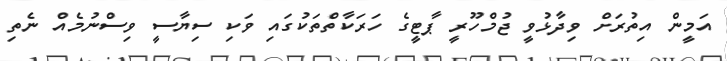
އަމީން އިތުރަށް ވިދާޅުވީ ޖުމްހޫރީ ޕާޓީގެ ހަރަކާތްތަކުގައި ވަކި ސިޔާސީ ވިސްނުމެއް ނެތި